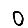
Digit: 0